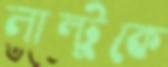
লাল্টুকে